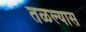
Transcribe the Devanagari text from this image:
तळल्यास